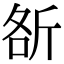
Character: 㪾